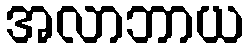
အလာဘာယ